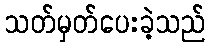
သတ်မှတ်ပေးခဲ့သည်